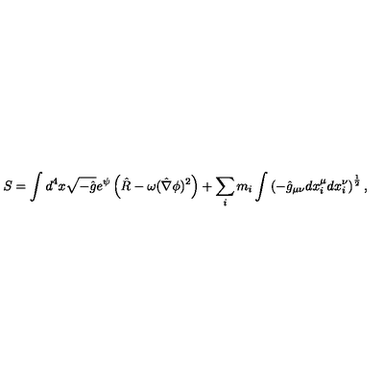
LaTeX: S = \int d ^ { 4 } x \sqrt { - \hat { g } } e ^ { \psi } \left( \hat { R } - \omega ( \hat { \nabla } \phi ) ^ { 2 } \right) + \sum _ { i } m _ { i } \int \left( - \hat { g } _ { \mu \nu } d x _ { i } ^ { \mu } d x _ { i } ^ { \nu } \right) ^ { \frac { 1 } { 2 } } ,